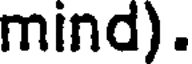
mind).